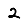
Digit: 2